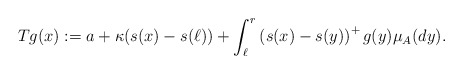
\begin{align*}Tg(x):=a+ \kappa (s(x)-s(\ell))+ \int_{\ell}^r\left(s(x)-s(y)\right)^+ g(y)\mu_A(dy).\end{align*}